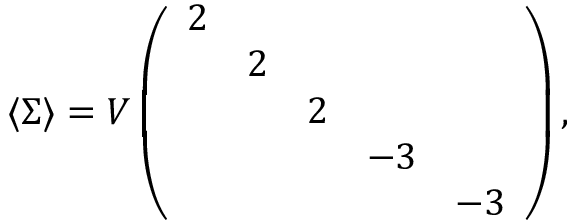
\langle \Sigma \rangle = V \left( \begin{array} { c c c c c } { { 2 } } & { { } } & { { } } & { { } } & { { } } \\ { { } } & { { 2 } } & { { } } & { { } } & { { } } \\ { { } } & { { } } & { { 2 } } & { { } } & { { } } \\ { { } } & { { } } & { { } } & { { - 3 } } & { { } } \\ { { } } & { { } } & { { } } & { { } } & { { - 3 } } \end{array} \right) ,